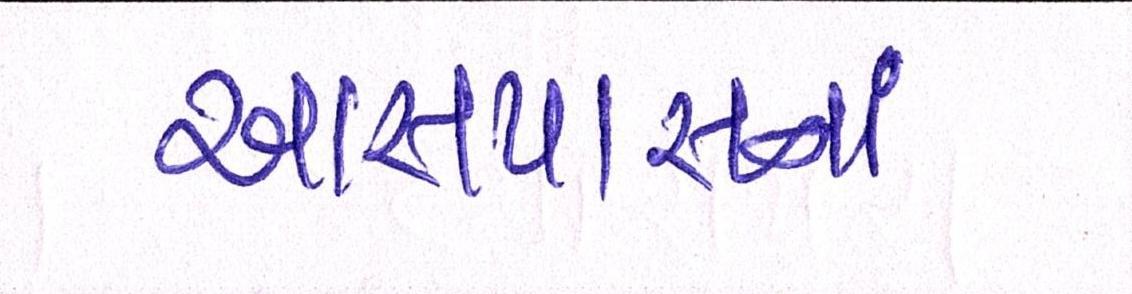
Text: આસપાસનાં